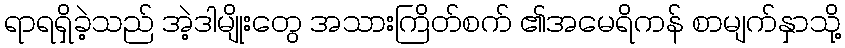
ရာရရှိခဲ့သည် အဲ့ဒါမျိုးတွေ အသားကြိတ်စက် ၏အမေရိကန် စာမျက်နှာသို့